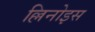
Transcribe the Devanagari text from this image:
ल्लिनोइस